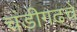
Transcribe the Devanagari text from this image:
चंडीगढचे